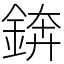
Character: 錛